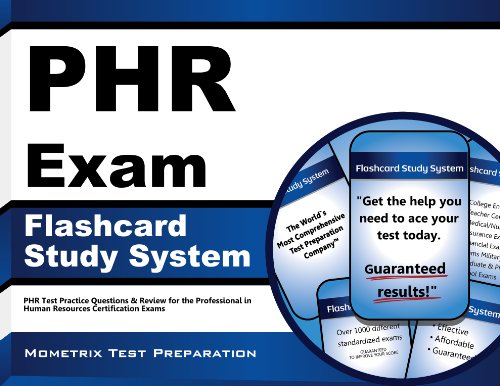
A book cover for PHR Exam Flashcard Study System: PHR Test Practice Questions & Review for the Professional in Human Resources Certification Exams (Cards); PHR Exam Secrets Test Prep Team; Test Preparation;